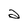
Character: a